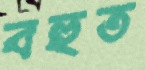
বহুত